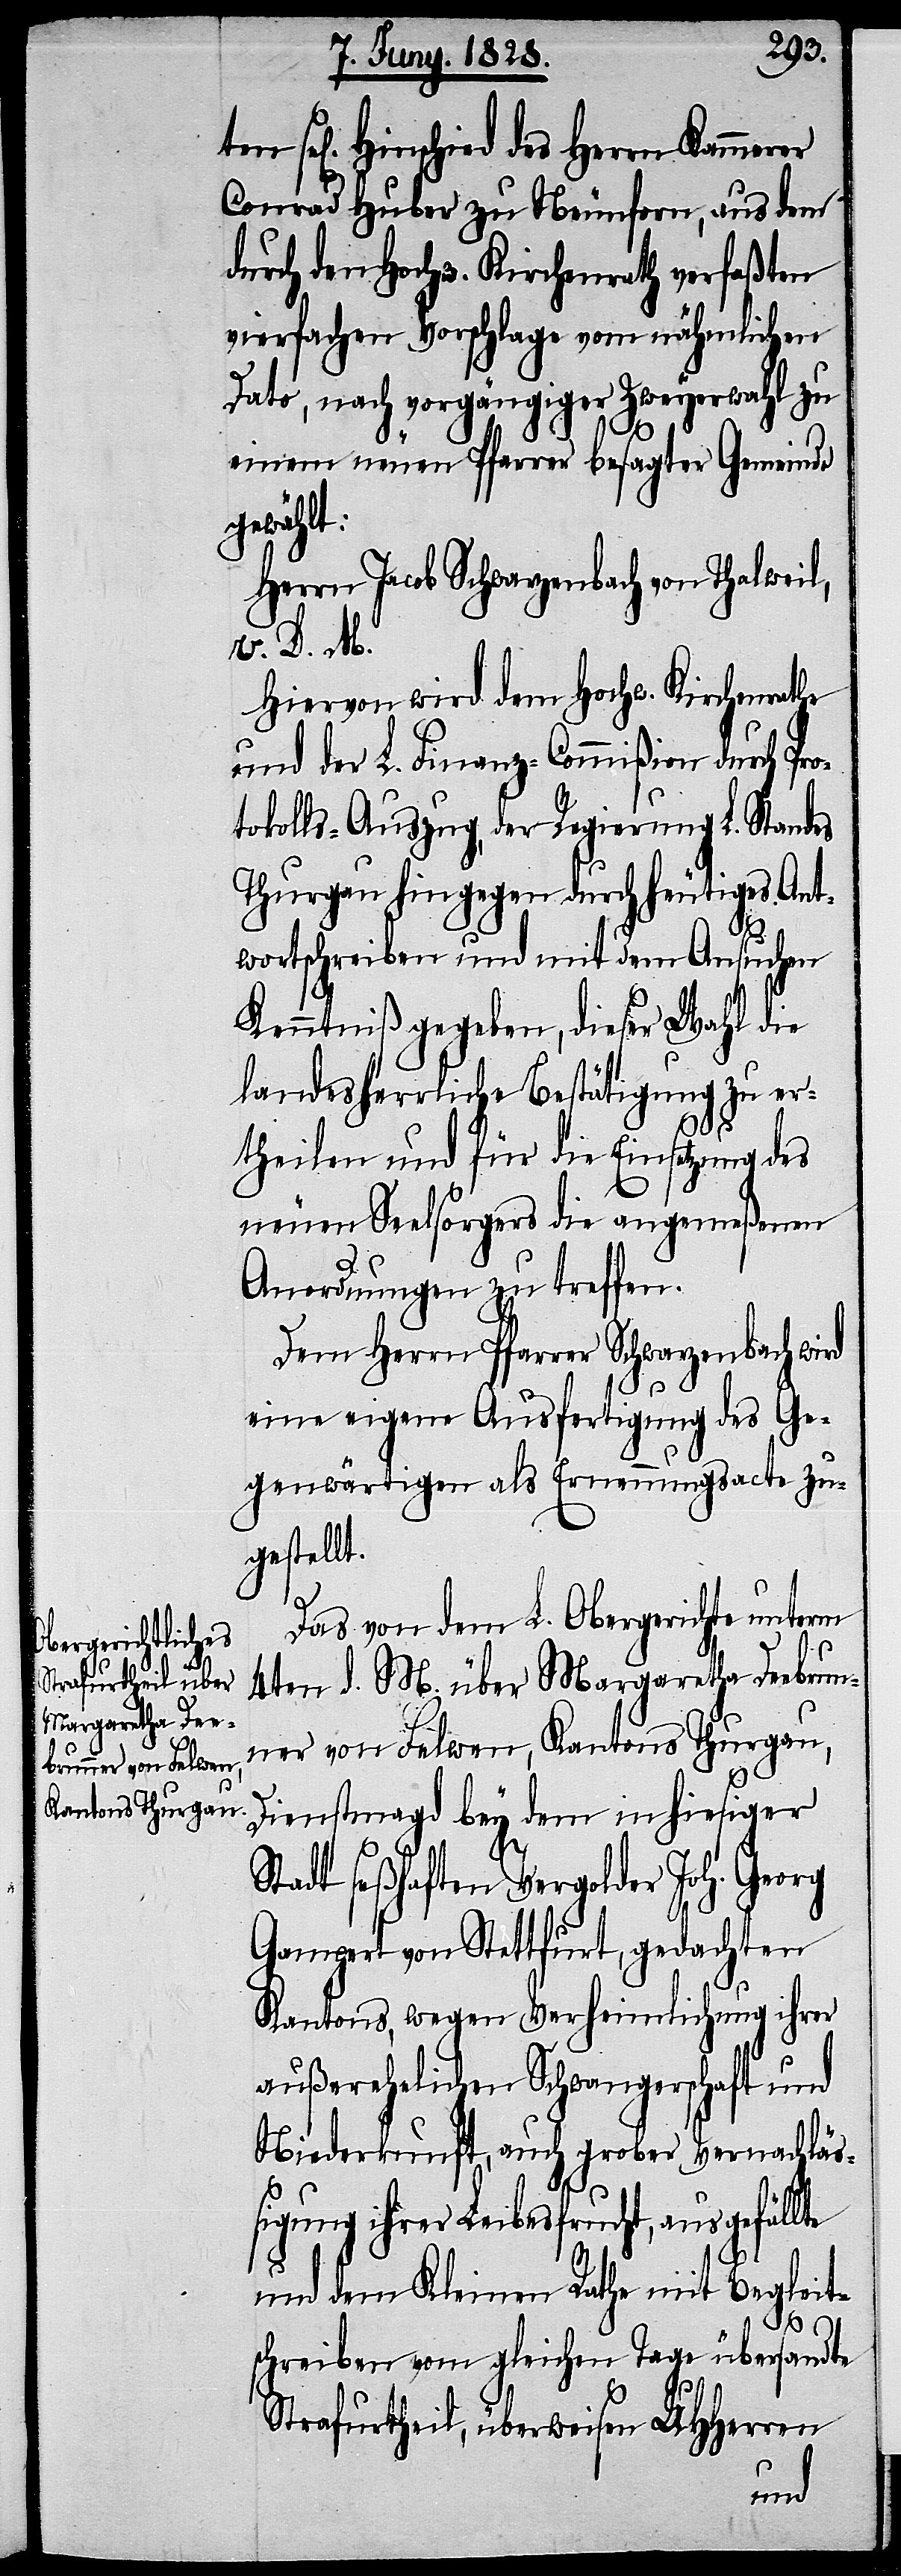
gen] Hinschied des Herrn Kammerer
Conrad Huber zu Neunforn, aus dem
durch den Hochw. Kirchenrath verfaßten
vierfachen Vorschlage vom nähmlichen
Dato, nach vorgängiger Zweyerwahl zu
einem neuen Pfarrer besagter Gemeinde
gewählt:
Herrn Jacob Schwarzenbach von Thalweil,
V. D. M.
Hiervon wird dem Hochw. Kirchenrathe
und der L. Finanz-Commißion durch Pro¬
tokolls-Auszug, der Regierung L. Standes
Thurgau hingegen durch heutiges Ant¬
ten
wortschreiben und mit dem Ansuchen
Kenntniß gegeben, dieser Wahl die
landesherrliche Bestätigung zu er¬
theilen und für die Einsetzung des
neuen Seelsorgers die angemeßenen
Anordnungen zu treffen.
Dem Herrn Pfarrer Schwarzenbach wi¬
eine eigene Ausfertigung des Ge¬
genwärtigen als Ernennungsacte zu¬
gestellt.
Das von dem L. Obergerichte unterm
sel[i¬
4ten d. M. über Margaretha Deebrun¬
ner von Felwen, Kantons Thurgau,
Dienstmagd bey dem in hiesiger
Stadt seßhaften Vergolder Joh. Georg
Gampert von Stettfurt, gedachten
Kantons, wegen Verheimlichung ihrer
außerehelichen Schwangerschaft und
Niederkunft, auch grober Vernachläß¬
igung ihrer Leibesfrucht, ausgefällte
rd
und dem Kleinen Rathe mit Begleit¬
schreiben vom gleichen Tage übersandte
Strafurtheil, überweisen UHHerren